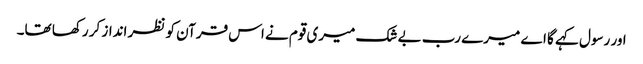
اور رسول کہے گا اے میرے رب بے شک میری قوم نے اس قرآن کو نظر انداز کر رکھا تھا۔